Report on lock hospitals in British Burma
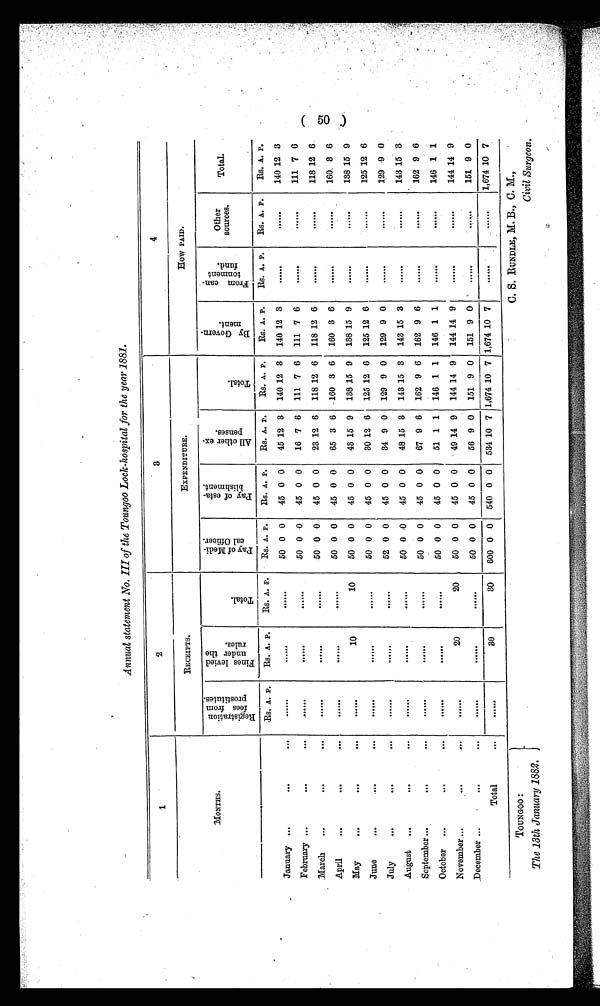
TOUNGOO:
The 13th January 1882.
C. S. RUNDLE, M. B., C. M.,
Civil Surgeon.
Annual statement No. III of the Toungoo Lock-hospital for the year 1881.
1
2
3
4
EXPENDITURE.
How PAID.
MONTHS.
RECEIPTS.
Re s t r a t i o n f e e s f r o m p r o s t i t u t e s .
F i n e s l e v i e d u n d e r t h e r u l e s .
Tot a l .
P a y o f M e d i c a l O f f i c e r .
P a y o f e s t a b l i s h me n t .
A l l o t h e r e x p e n s e s .
Total
B y G o v e r n me n t .
F r o m c a n t o n m e n t f u n d .
Other
sources.
Total,
Rs. A. P.
Rs. A. P.
Rs. A. P.
Rs. A. P.
Rs. A. P.
Rs. A. P .
Rs. A. P.
Rs. A. P.
Rs. A. P.
Rs. A. P.
Rs. A. P .
January . . .
. . .
. . .
. . .
. . .
. . .
50 0 0
45 0 0
45 12 3
140 12 3
140 12 3
140 12 3
February . . .
. . .
. . .
. . .
. . .
. . .
50 0 0
45 0 0
16 7 6
111 7 6
111 7 6
111 7 6
March
. . .
. . .
. . .
. . .
. . .
. . .
50 0 0
45 0 0
23 12 6
118 12 6
118 12 6
118 12 6 .
April
. . .
. . .
. . .
. . .
. . .
. . .
50 0 0
45 0 0
65 3 6
160 3 6
160 3 6
160. 3 6
May
. . .
. . .
. . .
. . .
10
10
50 0 0
45 0 0
43 15 9
138 15 9
138 15 9
138 15 9
June
. . .
. . .
. . .
. . .
. . .
. . .
50 0 0
45 0 0
30 12 6
125 12 6
125 12 6
125 12 6
July
. . .
. . .
. . .
. . .
. . .
. . .
52 0 0
45 0 0
34 9 0
129 9 0
129 9 0
129 9 0
August
. . .
. . .
. . .
. . .
. . .
. . .
50 0 0
45 0 0
48 15 3
143 15 3
143 15 3
. . .
143 15 3
September ...
. . .
. . .
. . .
. . .
. . .
50 0 0
45 0 0
67 9 6
162 9 6
162 9 6
. . .
. . .
162 9 6
October
. . .
. . .
. . .
. . .
. . .
50 0 0
45 0 0
51 1 1
146 1 1
146 1 1
. . .
. . .
146 1 1
November.,..
. . .
. . .
. . .
20
20
50 0 0
45 0 0
49 14 9
144 14 9
144 14 9
. . .
. . .
144 14 9
December ...
. . .
. . .
. . .
. . .
50 0 0
45 0 0
56 9 0
151 9 0
151 9 0
. . .
. . .
151 9 0
Total
. . .
. . .
30
30
600 0 0
540 0 0
534 10 7 1,674 10 7 1,674 10 7
1,674 10 7
( 50 )